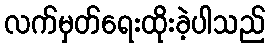
လက်မှတ်ရေးထိုးခဲ့ပါသည်